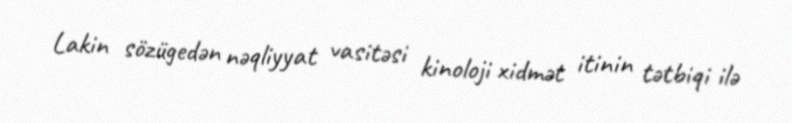
Lakin sözügedən nəqliyyat vasitəsi kinoloji xidmət itinin tətbiqi ilə